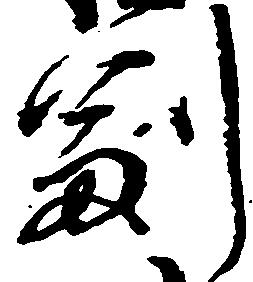
副